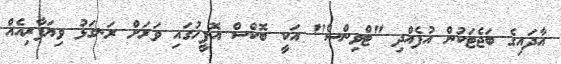
އާދައިގެ ބަޖެޓަކުން އުފެއްދި "ޓްވިންސް" އަކީ ބޮކްސް އޮފީހުގައި ވަރަށް ރަނގަޅު ވިޔަފާރިއެއް